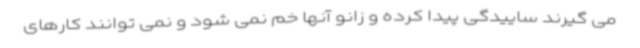
می گیرند ساییدگی پیدا کرده و زانو آنها خم نمی شود و نمی توانند کارهای